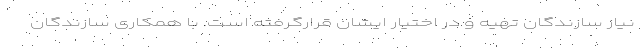
نیاز سازندگان تهیه و در اختیار ایشان قرارگرفته است. با همکاری سازندگان